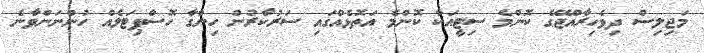
މަޖިލިސް ދިވެހިރާއްޖޭގެ ކޮންމެ ސިޓީއަކާ ކޮންމެ އަތޮޅެއްގައި ސަރުކާރުން ހިންގާ ހޮސްޕިޓަލެއް ހުންނަންވާނެ